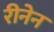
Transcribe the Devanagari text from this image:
रीनेन